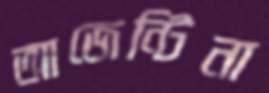
আজেন্টিনা